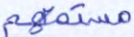
مستمعهم